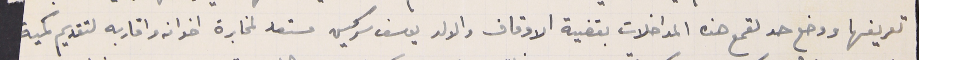
تعريفها ووضع حد لقمع هذه المداخلات بقضية الاوقاف والولد يوسف سركيس مستعد لمخابرة اخوانه واقاربه لتقديم كمية